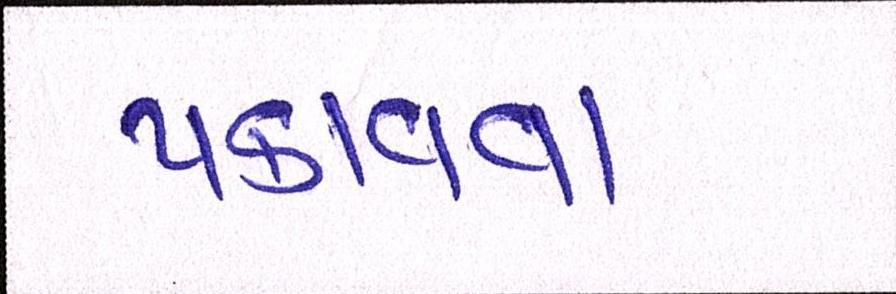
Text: પકાવવા